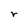
Character: r